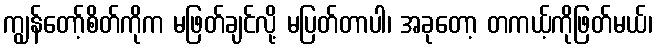
ကျွန်တော့်စိတ်ကိုက မဖြတ်ချင်လို့ မပြတ်တာပါ၊ အခုတော့ တကယ့်ကိုဖြတ်မယ်၊